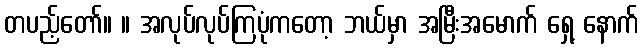
တပည့်တော်။ ။ အလုပ်လုပ်ကြပုံကတော့ ဘယ်မှာ အမြီးအမောက် ရှေ့ နောက်